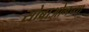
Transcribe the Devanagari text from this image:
सोब्राओनच्या